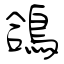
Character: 鴿